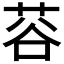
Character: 𫈅